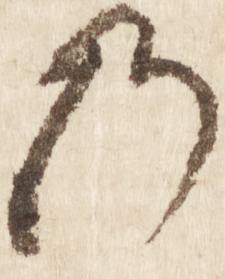
の